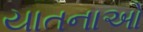
યાતનાઓ